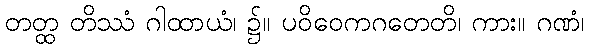
တတ္ထ တိဿံ ဂါထာယံ၊ ၌။ ပဝိဝေကဂတေတိ၊ ကား။ ဂဏံ၊